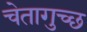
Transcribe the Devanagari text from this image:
चेतागुच्छ